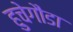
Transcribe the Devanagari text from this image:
हुचेगौडा